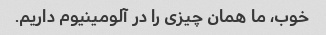
خوب، ما همان چیزی را در آلومینیوم داریم.